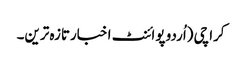
کراچی (اُردو پوائنٹ اخبارتازہ ترین۔